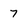
Character: 7